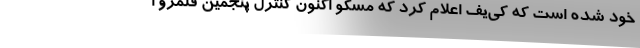
خود شده است که کی‌یف اعلام کرد که مسکو اکنون کنترل پنجمین قلمرو ا